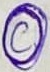
Text: C